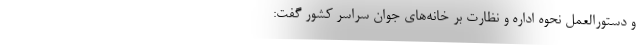
و دستورالعمل نحوه اداره و نظارت بر خانه‌های جوان سراسر کشور گفت: